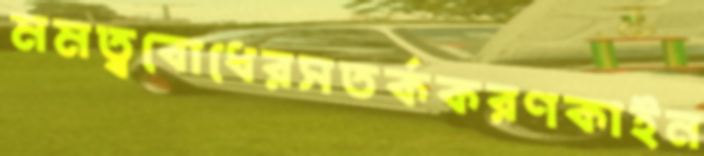
মমত্ববোধেরসতর্ককরণকাইন